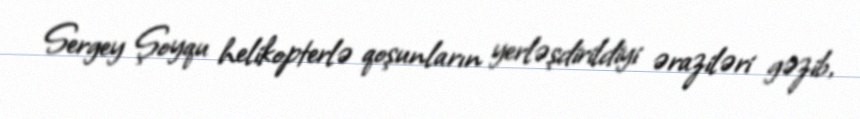
Sergey Şoyqu helikopterlə qoşunların yerləşdirildiyi əraziləri gəzib,